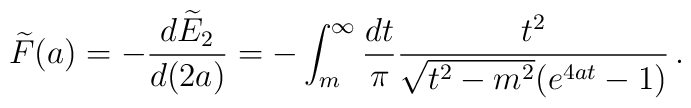
\widetilde{F}(a)=-\frac{d\widetilde{E}_{2}}{d(2a)}=-\int_{m}^{\infty}\frac{dt}{\pi}\frac{t^2}{\sqrt{t^2- m^2}(e^{4at}-1)}\, .